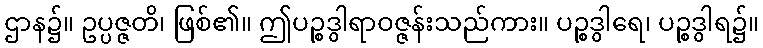
ဌာန၌။ ဥပ္ပဇ္ဇတိ၊ ဖြစ်၏။ ဤပဉ္စဒွါရာဝဇ္ဇန်းသည်ကား။ ပဉ္စဒွါရေ၊ ပဉ္စဒွါရ၌။